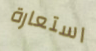
استعارة